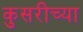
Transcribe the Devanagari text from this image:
कुसरीच्या